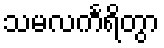
သမလင်္ကရိတွာ